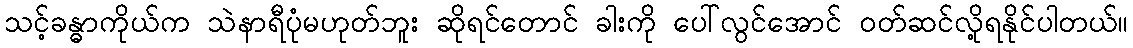
သင့်ခန္ဓာကိုယ်က သဲနာရီပုံမဟုတ်ဘူး ဆိုရင်တောင် ခါးကို ပေါ်လွင်အောင် ဝတ်ဆင်လို့ရနိုင်ပါတယ်။